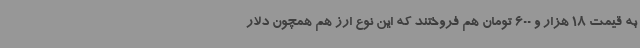
به قیمت 18 هزار و 600 تومان هم فروختند که این نوع ارز هم همچون دلار